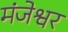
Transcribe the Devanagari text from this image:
मंजेश्वर